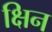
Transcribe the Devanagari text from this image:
क्षिन